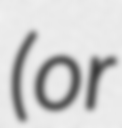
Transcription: (or